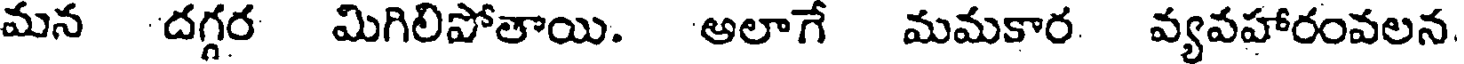
మన దగ్గర మిగిలిపోతాయి. ఆలాగే మమకార వ్యవహారంవలన